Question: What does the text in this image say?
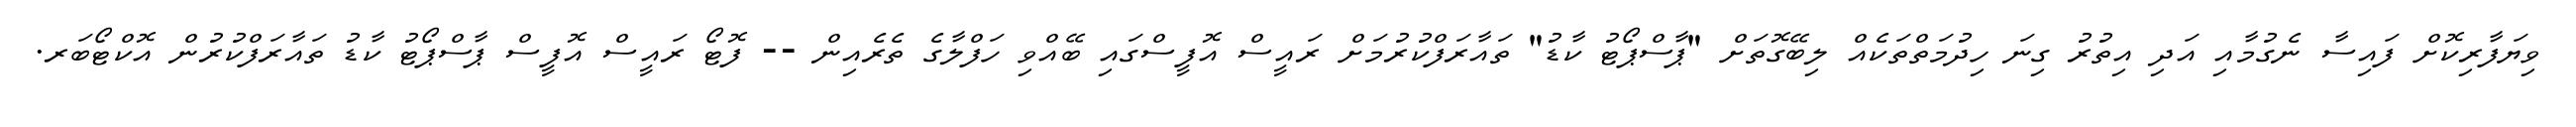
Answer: ވިޔަފާރިކޮށް ފައިސާ ނެގުމާއި އަދި އިތުރު ގިނަ ހިދުމަތްތަކެއް ލިބޭގޮތަށް "ޕާސްޕޯޓު ކާޑު" ތައާރަފްކުރުމަށް ރައީސް އޮފީސްގައި ބޭއްވި ހަފްލާގެ ތެރެއިން -- ފޮޓޯ ރައީސް އޮފީސް ޕާސްޕޯޓު ކާޑު ތައާރަފްކުރުން އޮކްޓޯބަރ.